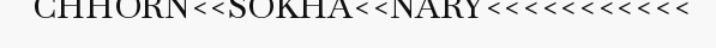
CHHORN<<SOKHA<<NARY<<<<<<<<<<<